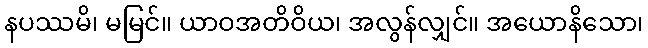
နပဿမိ၊ မမြင်။ ယာဝအတိဝိယ၊ အလွန်လျှင်။ အယောနိသော၊